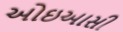
ઓઇઆસી